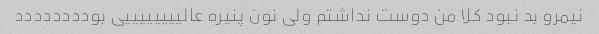
نیمرو بد نبود کلا من دوست نداشتم ولی نون پنیره عالییییییییی بودددددددد